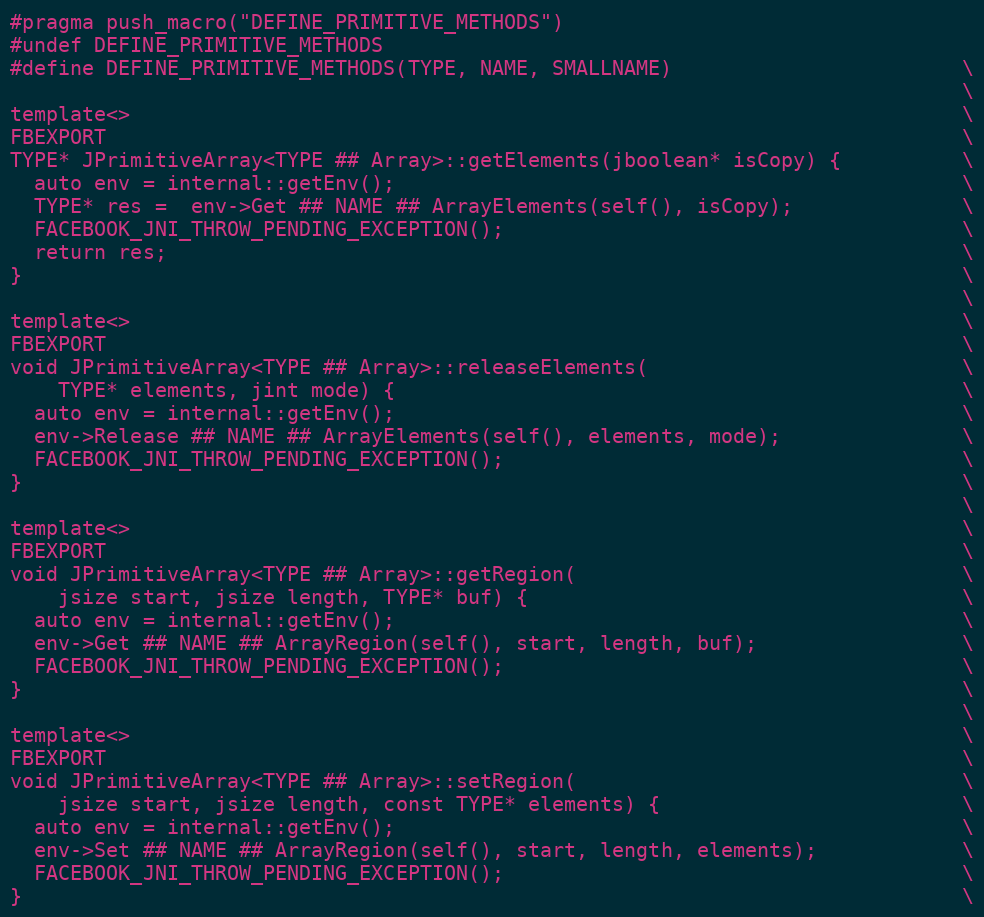
Language: C++
#pragma push_macro("DEFINE_PRIMITIVE_METHODS")
#undef DEFINE_PRIMITIVE_METHODS
#define DEFINE_PRIMITIVE_METHODS(TYPE, NAME, SMALLNAME)                        \
                                                                               \
template<>                                                                     \
FBEXPORT                                                                       \
TYPE* JPrimitiveArray<TYPE ## Array>::getElements(jboolean* isCopy) {          \
  auto env = internal::getEnv();                                               \
  TYPE* res =  env->Get ## NAME ## ArrayElements(self(), isCopy);              \
  FACEBOOK_JNI_THROW_PENDING_EXCEPTION();                                      \
  return res;                                                                  \
}                                                                              \
                                                                               \
template<>                                                                     \
FBEXPORT                                                                       \
void JPrimitiveArray<TYPE ## Array>::releaseElements(                          \
    TYPE* elements, jint mode) {                                               \
  auto env = internal::getEnv();                                               \
  env->Release ## NAME ## ArrayElements(self(), elements, mode);               \
  FACEBOOK_JNI_THROW_PENDING_EXCEPTION();                                      \
}                                                                              \
                                                                               \
template<>                                                                     \
FBEXPORT                                                                       \
void JPrimitiveArray<TYPE ## Array>::getRegion(                                \
    jsize start, jsize length, TYPE* buf) {                                    \
  auto env = internal::getEnv();                                               \
  env->Get ## NAME ## ArrayRegion(self(), start, length, buf);                 \
  FACEBOOK_JNI_THROW_PENDING_EXCEPTION();                                      \
}                                                                              \
                                                                               \
template<>                                                                     \
FBEXPORT                                                                       \
void JPrimitiveArray<TYPE ## Array>::setRegion(                                \
    jsize start, jsize length, const TYPE* elements) {                         \
  auto env = internal::getEnv();                                               \
  env->Set ## NAME ## ArrayRegion(self(), start, length, elements);            \
  FACEBOOK_JNI_THROW_PENDING_EXCEPTION();                                      \
}                                                                              \